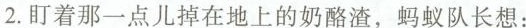
2.盯着那一点儿掉在地上的奶酪渣，蚂蚁队长想：